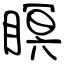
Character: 瞑